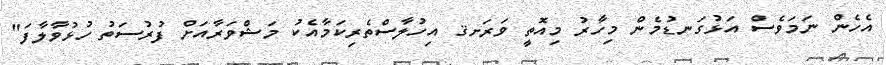
އެހެން ނަމަވެސް އަޅުގަނޑުމެން މިހާރު މިއޮތީ ވަރަށޤ އިހުލާސްތެރިކަމާއެކު މަޝްވަރާއަށް ފުރުސަތު ހުޅުވާލާފަ"